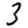
Digit: 3